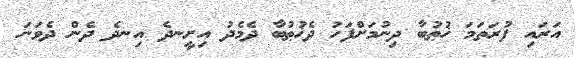
އަރައި ފުރަތަމަ ޚުޠުބާ ދިނުމަށްފަހު ދެޚުޠުބާ ދެމެދު އިށީނދެ އިނދެ ދެން ދެވަނަ